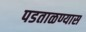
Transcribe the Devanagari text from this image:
पडताळण्यास